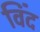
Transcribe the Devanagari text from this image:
विंद